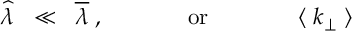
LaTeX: \widehat { \lambda } \; \; \ll \; \; \overline { { { \lambda } } } \; , \; \; \; \; \; \; \; \; \; \; \; \; \; \mathrm { o r } \; \; \; \; \; \; \; \; \; \; \; \; \; \; \langle \; k _ { \perp } \; \rangle